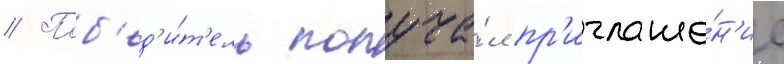
// Поб'ед'и́т'ель получа́л пр'иглаше́н'ие